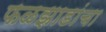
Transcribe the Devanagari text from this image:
फळझाडांचा